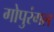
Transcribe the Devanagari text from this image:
गोपुरंगल